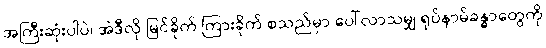
အကြီးဆုံးပါပဲ၊ အဲဒီလို မြင်ခိုက် ကြားခိုက် စသည်မှာ ပေါ်လာသမျှ ရုပ်နာမ်ခန္ဓာတွေကို